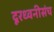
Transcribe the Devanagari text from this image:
दूरध्वनीसंच